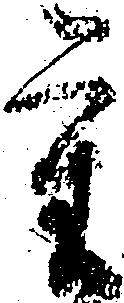
重